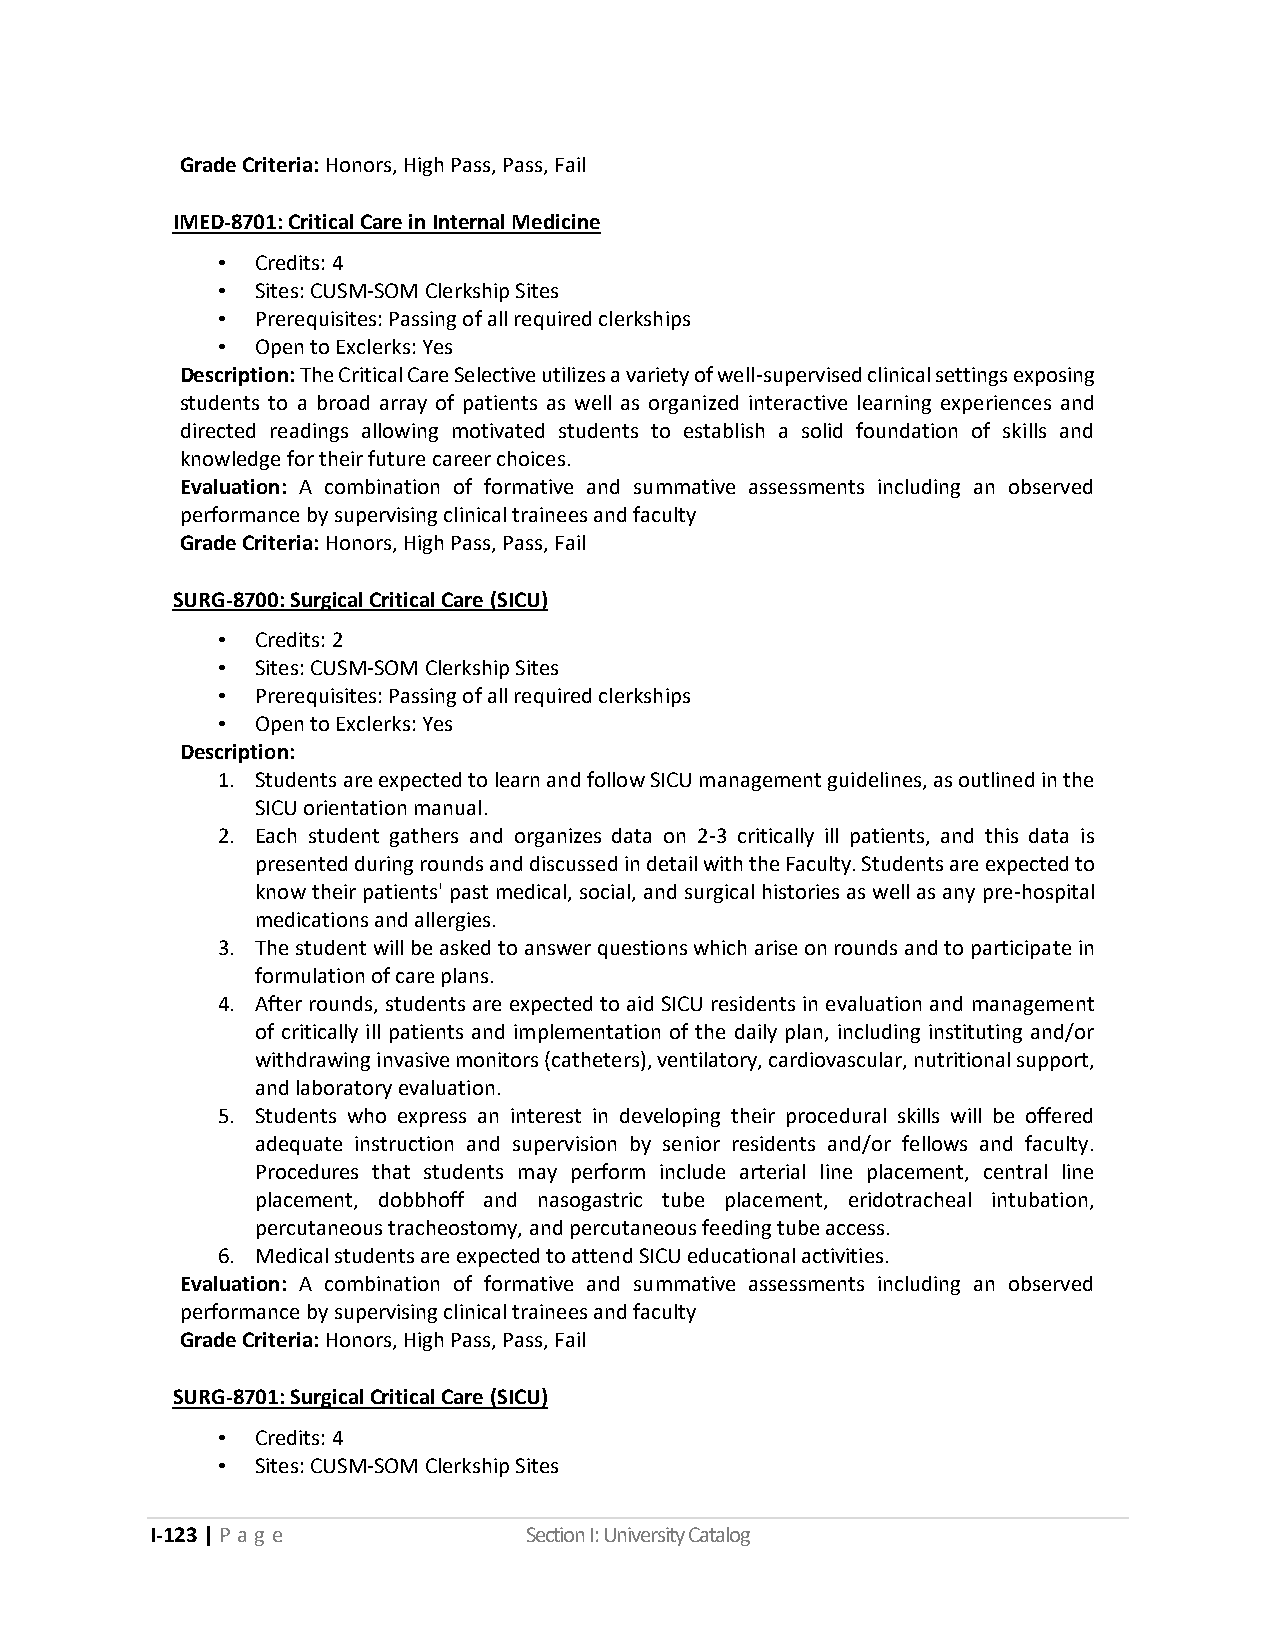
Grade Criteria: Honors, High Pass, Pass, Fail
 IMED-8701: Critical Care in Internal Medicine
 •  Credits: 4
 •  Sites: CUSM-SOM Clerkship Sites
 •  Prerequisites: Passing of all required clerkships
 •  Open to Exclerks: Yes
 Description: The Critical Care Selective utilizes a variety of well-supervised clinical settings exposing
 students to a broad array of patients as well as organized interactive learning experiences and
 directed readings allowing motivated students to establish a solid foundation of skills and
 knowledge for their future career choices.
 Evaluation: A combination of formative and summative assessments including an observed
 performance by supervising clinical trainees and faculty
 Grade Criteria: Honors, High Pass, Pass, Fail
 SURG-8700: Surgical Critical Care (SICU)
 •  Credits: 2
 •  Sites: CUSM-SOM Clerkship Sites
 •  Prerequisites: Passing of all required clerkships
 •  Open to Exclerks: Yes
 Description:
 1. Students are expected to learn and follow SICU management guidelines, as outlined in the
 SICU orientation manual.
 2. Each student gathers and organizes data on 2-3 critically ill patients, and this data is
 presented during rounds and discussed in detail with the Faculty. Students are expected to
 know their patients' past medical, social, and surgical histories as well as any pre-hospital
 medications and allergies.
 3. The student will be asked to answer questions which arise on rounds and to participate in
 formulation of care plans.
 4. After rounds, students are expected to aid SICU residents in evaluation and management
 of critically ill patients and implementation of the daily plan, including instituting and/or
 withdrawing invasive monitors (catheters), ventilatory, cardiovascular, nutritional support,
 and laboratory evaluation.
 5. Students who express an interest in developing their procedural skills will be offered
 adequate instruction and supervision by senior residents and/or fellows and faculty.
 Procedures that students may perform include arterial line placement, central line
 placement, dobbhoff and nasogastric tube placement, eridotracheal intubation,
 percutaneous tracheostomy, and percutaneous feeding tube access.
 6. Medical students are expected to attend SICU educational activities.
 Evaluation: A combination of formative and summative assessments including an observed
 performance by supervising clinical trainees and faculty
 Grade Criteria: Honors, High Pass, Pass, Fail
 SURG-8701: Surgical Critical Care (SICU)
 •  Credits: 4
 •  Sites: CUSM-SOM Clerkship Sites
 I-123 | P a g e          Section I: University Catalog